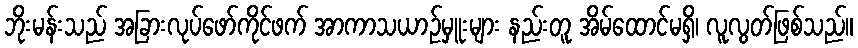
ဘိုးမန်းသည် အခြားလုပ်ဖော်ကိုင်ဖက် အာကာသယာဉ်မှူးများ နည်းတူ အိမ်ထောင်မရှိ၊ လူလွတ်ဖြစ်သည်။